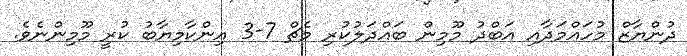
ދުންޔާޒް މުހައްމަދާއި އަބްދު މޫމިން ބައްދަލުކުރި މެޗް 7-3 އިންކާމިޔާބު ކުރީ މޫމިންނެވެ.